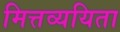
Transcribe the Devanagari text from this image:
मित्तव्ययिता